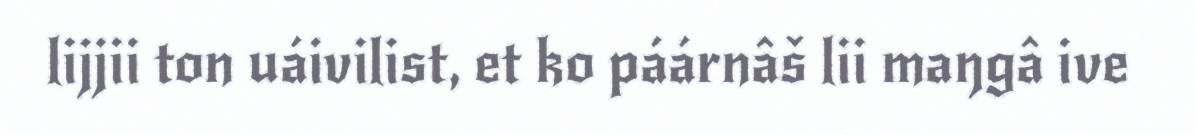
lijjii ton uáivilist, et ko páárnâš lii maŋgâ ive